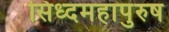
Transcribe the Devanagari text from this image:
सिध्दमहापुरुष